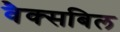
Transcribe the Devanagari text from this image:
वैक्सबिल